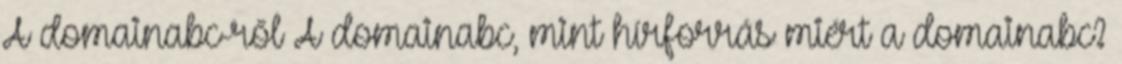
A domainabc-ről A domainabc, mint hírforrás miért a domainabc?